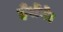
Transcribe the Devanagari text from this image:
हँसेंगे।